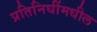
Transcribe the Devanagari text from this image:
प्रतिनिधींमधील